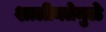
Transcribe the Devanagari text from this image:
शालीनतेमुळे